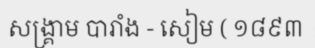
សង្គ្រាម បារាំង - សៀម ( ១៨៩៣